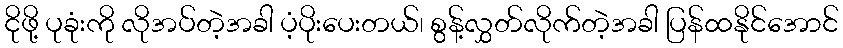
ငိုဖို့ ပုခုံးကို လိုအပ်တဲ့အခါ ပံ့ပိုးပေးတယ်၊ စွန့်လွှတ်လိုက်တဲ့အခါ ပြန်ထနိုင်အောင်